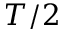
T / 2